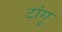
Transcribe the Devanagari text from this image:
टांगू